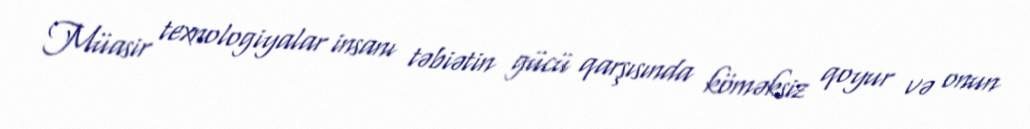
Müasir texnologiyalar insanı təbiətin gücü qarşısında köməksiz qoyur və onun